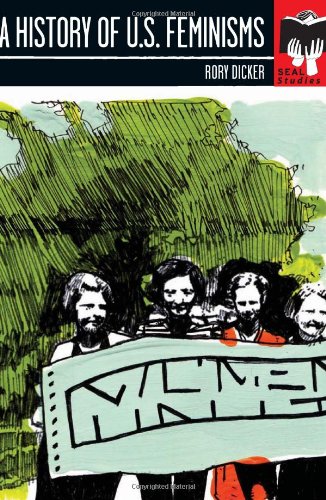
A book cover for A History of U.S. Feminisms (Seal Studies); Rory C. Dicker; Gay & Lesbian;